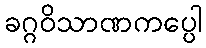
ခဂ္ဂဝိသာဏကပ္ပေါ